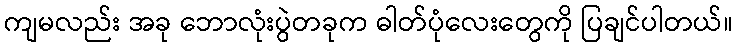
ကျမလည်း အခု ဘောလုံးပွဲတခုက ဓါတ်ပုံလေးတွေကို ပြချင်ပါတယ်။